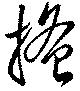
掻